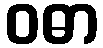
ဝဓာ